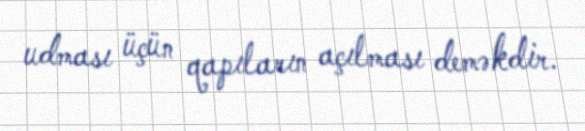
udması üçün qapıların açılması deməkdir.